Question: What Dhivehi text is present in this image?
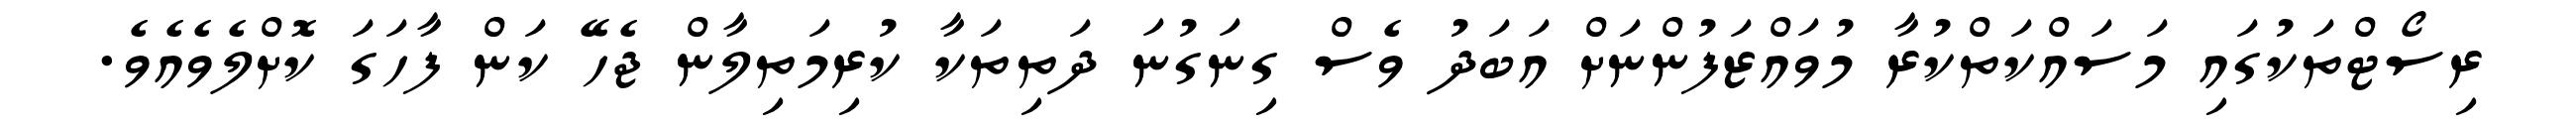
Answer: ރިސޯޓްތަކުގައި މަސައްކަތްކުރާ މުވައްޒަފުންނަށް އަބަދު ވެސް ގިނަގުނަ ދަތިތަކާ ކުރިމަތިލާން ޖެހޭ ކަން ފާހަގަ ކޮށްލެވެއެވެ.